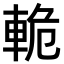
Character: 𫏸